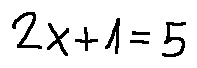
2 x + 1 = 5